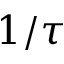
1 / \tau